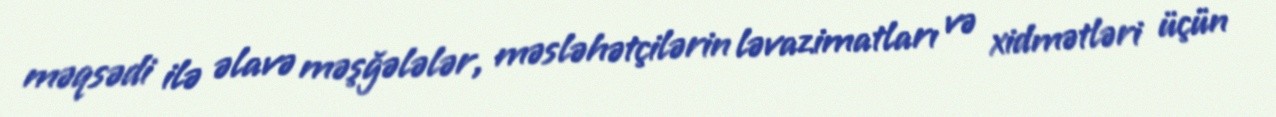
məqsədi ilə əlavə məşğələlər, məsləhətçilərin ləvazimatları və xidmətləri üçün